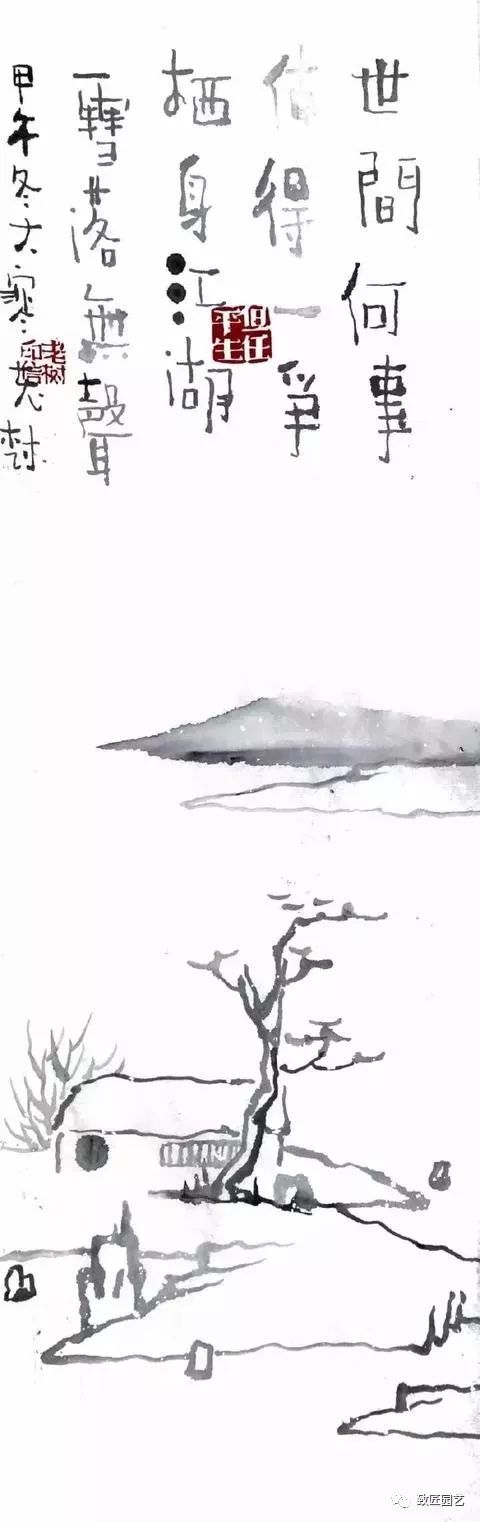
露下旗濛濛，寒金鸣夜刻。